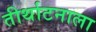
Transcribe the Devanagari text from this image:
तीर्थाटनाला